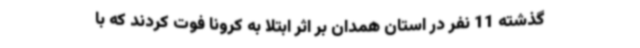
گذشته 11 نفر در استان همدان بر اثر ابتلا به کرونا فوت کردند که با